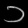
Digit: ၁